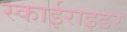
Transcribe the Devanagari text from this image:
स्काईराइडर